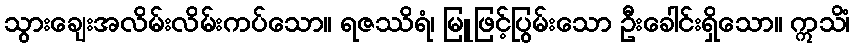
သွားချေးအလိမ်းလိမ်းကပ်သော။ ရဇဿိရံ၊ မြူဖြင့်ပြွမ်းသော ဦးခေါင်းရှိသော။ ဣသိံ၊